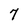
Character: 7